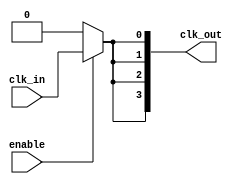
module low_power_clock_buffer #(
    parameter NUM_OUTPUTS = 4,           // Number of buffered outputs
    parameter DRIVE_STRENGTH = 2          // Configurable drive strength (1, 2, or 3)
)(
    input wire clk_in,                     // Input clock signal
    input wire enable,                     // Enable signal for the buffer
    output wire [NUM_OUTPUTS-1:0] clk_out // Buffered clock outputs
);

    // Internal signals for buffering
    wire clk_stage1;
    wire clk_stage2;

    // Stage 1 Buffer
    generate
        if (DRIVE_STRENGTH == 1) begin
            assign clk_stage1 = enable ? clk_in : 1'b0; // Low drive strength
        end else if (DRIVE_STRENGTH == 2) begin
            assign clk_stage1 = enable ? clk_in : 1'b0; // Medium drive strength
        end else begin
            assign clk_stage1 = enable ? clk_in : 1'b0; // High drive strength
        end
    endgenerate

    // Stage 2 Buffer
    generate
        if (DRIVE_STRENGTH == 1) begin
            assign clk_stage2 = clk_stage1; // Pass through for low drive
        end else if (DRIVE_STRENGTH == 2) begin
            assign clk_stage2 = clk_stage1; // Pass through for medium drive
        end else begin
            assign clk_stage2 = clk_stage1; // Pass through for high drive
        end
    endgenerate

    // Output Buffers
    genvar i;
    generate
        for (i = 0; i < NUM_OUTPUTS; i = i + 1) begin : output_buffer
            assign clk_out[i] = clk_stage2; // Connect all outputs to the final stage
        end
    endgenerate

endmodule